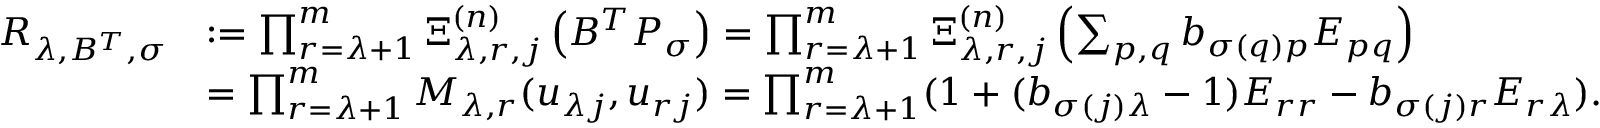
\begin{array} { r l } { R _ { \lambda , B ^ { T } , \sigma } } & { : = \prod _ { r = \lambda + 1 } ^ { m } \Xi _ { \lambda , r , j } ^ { ( n ) } \left( B ^ { T } P _ { \sigma } \right) = \prod _ { r = \lambda + 1 } ^ { m } \Xi _ { \lambda , r , j } ^ { ( n ) } \left( \sum _ { p , q } b _ { \sigma ( q ) p } E _ { p q } \right) } \\ & { = \prod _ { r = \lambda + 1 } ^ { m } M _ { \lambda , r } ( u _ { \lambda j } , u _ { r j } ) = \prod _ { r = \lambda + 1 } ^ { m } ( \boldsymbol { 1 } + ( b _ { \sigma ( j ) \lambda } - 1 ) E _ { r r } - b _ { \sigma ( j ) r } E _ { r \lambda } ) . } \end{array}